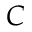
C